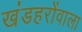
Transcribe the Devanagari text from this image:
खंडहरोंवाला